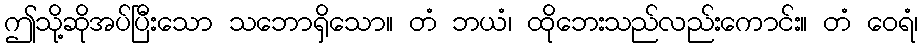
ဤသို့ဆိုအပ်ပြီးသော သဘောရှိသော။ တံ ဘယံ၊ ထိုဘေးသည်လည်းကောင်း။ တံ ဝေရံ၊